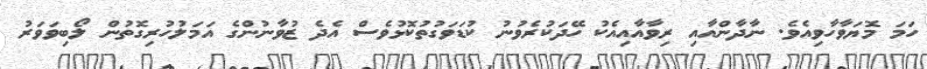
ހަމަ މޮޔަވާހާވިއެވެ. ނާދާންއާއި ރިވާއާއިއެކު ހޭދަކުރެވުނު ކުޑަވަގުތުކޮޅުވެސް އެދެ ޒުވާނުންގެ އަމަލުހުރިގޮތުން ލޯބިވަވަރު